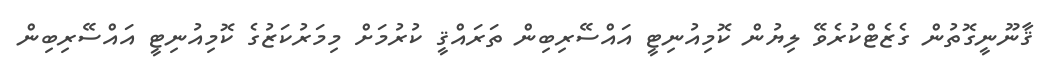
ޤާނޫނީގޮތުން ގެޒެޓްކުރެވޭ ލިޔުން ކޮމިއުނިޓީ އައްސޭރިބިން ތަރައްޤީ ކުރުމަށް މިމަރުކަޒުގެ ކޮމިއުނިޓީ އައްސޭރިބިން